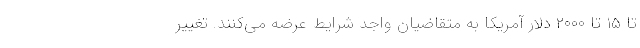
تا ۱۵ تا ۲۰۰۰ دلار آمریکا به متقاضیان واجد شرایط عرضه می‌کنند. تغییر